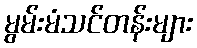
မွမ်းမံသင်တန်းများ